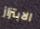
الابتزاز